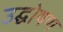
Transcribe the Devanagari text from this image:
उद्घोषण